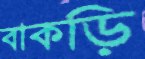
বাকড়ি